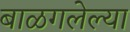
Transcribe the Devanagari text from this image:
बाळगलेल्या